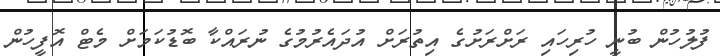
ފުލުހުން ބުނީ ހުރިހައި ރަށްރަށުގެ އިތުރަށް އުދައެރުމުގެ ނުރައްކާ ބޮޑުކަމަށް މެޓް އޮފީހުން